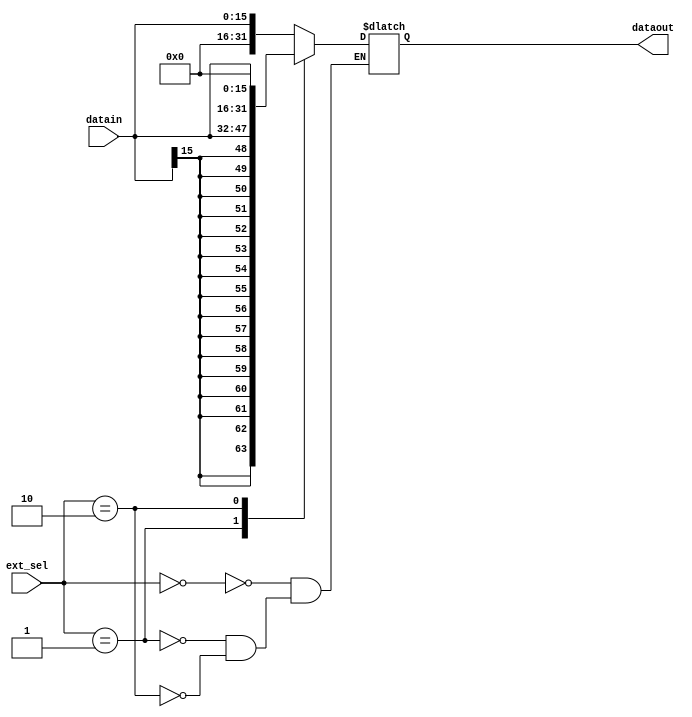
module ext(ext_sel,datain,dataout);
  input [1:0]ext_sel;
  input[15:0] datain;
  output[31:0] dataout;
  reg[31:0] temp;
  
  always@(*)
  begin
    case(ext_sel)
      3'b00:temp<={{16{1'b0}},datain};
      3'b01:temp<={{16{datain[15]}},datain};
      3'b10:temp<={datain,{16{1'b0}}};
    endcase
  end
  assign dataout=temp;
endmodule